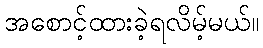
အစောင့်ထားခဲ့ရလိမ့်မယ်။